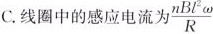
C.线圈中的感应电流为\frac{nBl^{2}ω}{R}